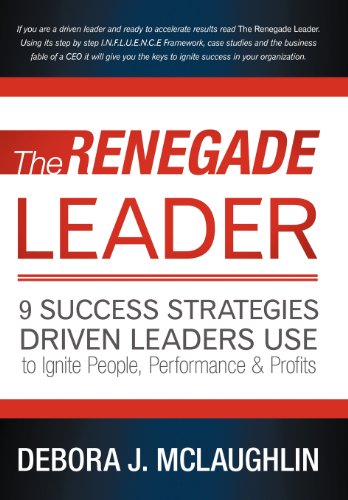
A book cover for The Renegade Leader: 9 Success Strategies Driven Leaders Use To Ignite People, Performance & Profits; Debora J. McLaughlin; Self-Help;